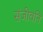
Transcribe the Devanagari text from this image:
संजीवनि